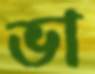
ভা